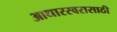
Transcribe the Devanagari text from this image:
आधारस्वरासाठी